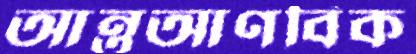
আন্তআণবিক